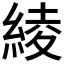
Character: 綾